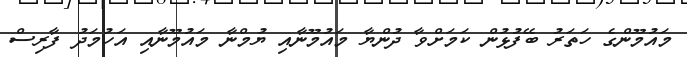
މައުމޫންގެ ހަތަރު ބޭފުޅުން ކަމަށްވާ ދުންޔާ މައުމޫނާއި ޔުމްނާ މައުމޫނާއި އަހުމަދު ފާރިސް